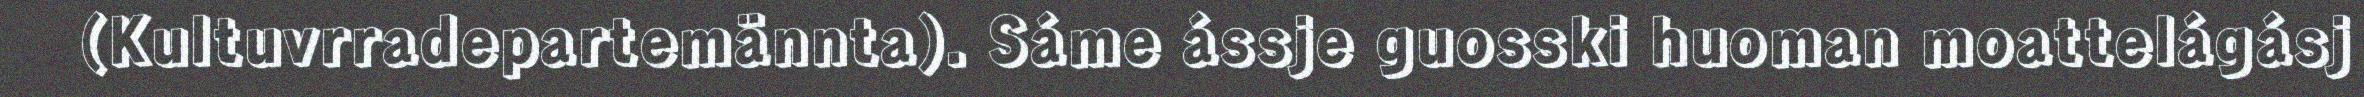
(Kultuvrradepartemännta). Sáme ássje guosski huoman moattelágásj